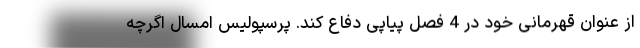
از عنوان قهرمانی خود در 4 فصل پیاپی دفاع کند. پرسپولیس امسال اگرچه